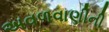
અવળવાણીની